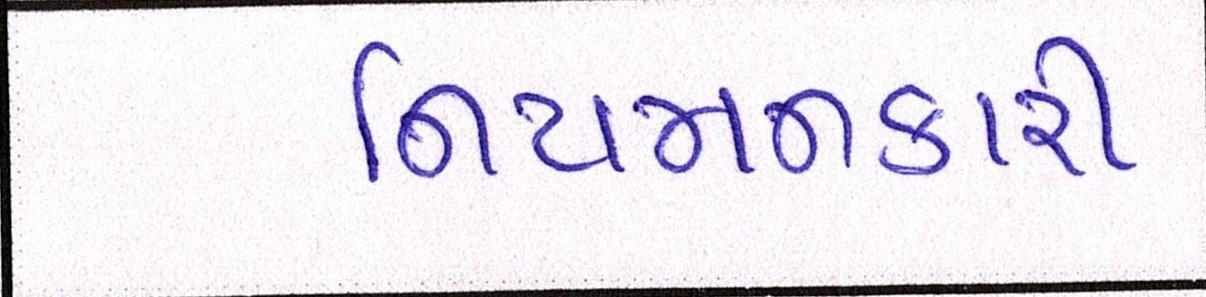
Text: નિયમનકારી